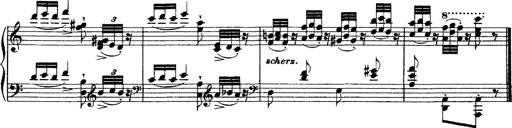
Title: Grandes Ã©tudes de Paganini
Composer: Franz Liszt